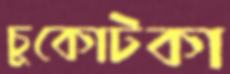
চুকোটকা